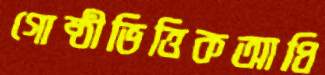
গোষ্ঠীভিত্তিকআধি